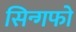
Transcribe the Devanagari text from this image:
सिन्गफो